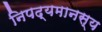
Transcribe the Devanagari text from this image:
निपद्यमानस्य